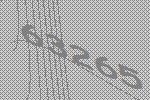
63265